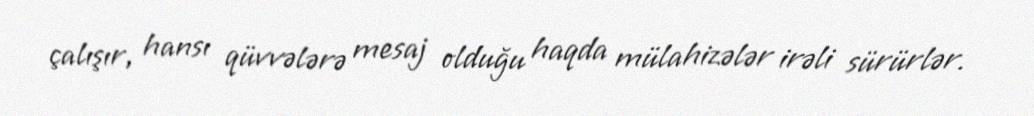
çalışır, hansı qüvvələrə mesaj olduğu haqda mülahizələr irəli sürürlər.